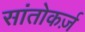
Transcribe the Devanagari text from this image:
सांतोकर्ज़